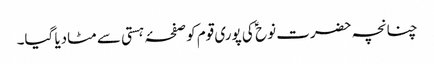
چنانچہ حضرت نوح ؑ کی پوری قوم کو صفحۂ ہستی سے مٹادیا گیا۔